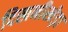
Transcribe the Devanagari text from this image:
दिखनीखेड़ा